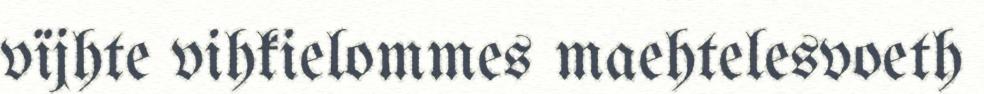
vïjhte vihkielommes maehtelesvoeth